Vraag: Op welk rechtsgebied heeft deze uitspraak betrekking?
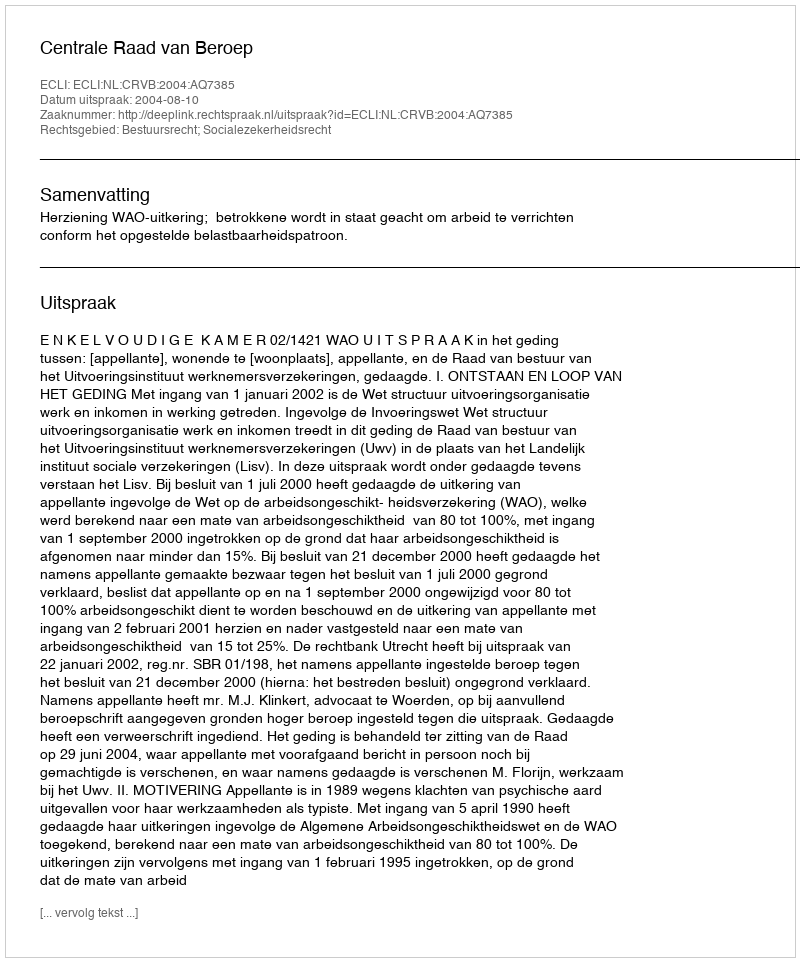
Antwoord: Bestuursrecht; Socialezekerheidsrecht